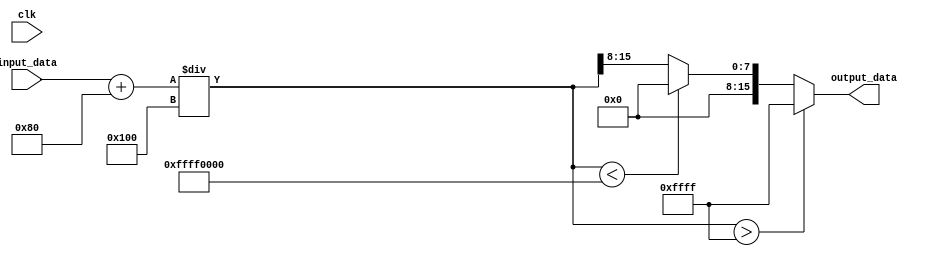
module FixedPointConverter (
   input clk,
   input signed [31:0] input_data,
   output signed [15:0] output_data
);

   // Determine number of integer and fractional bits in input and output formats
   parameter input_int_bits = 16;
   parameter input_frac_bits = 16;
   parameter output_int_bits = 8;
   parameter output_frac_bits = 8;

   // Determine scaling factor
   parameter scaling_factor = 2**(input_frac_bits - output_frac_bits);

   // Rounding logic
   reg [31:0] rounded_data;
   always @* begin
      rounded_data = (input_data + scaling_factor/2) / scaling_factor;
   end

   // Saturation logic
   always @* begin
      if (rounded_data > (2**(output_int_bits+output_frac_bits))-1) begin
         output_data = (2**(output_int_bits+output_frac_bits))-1;
      end
      else if (rounded_data < -(2**(output_int_bits+output_frac_bits))) begin
         output_data = -(2**(output_int_bits+output_frac_bits));
      end
      else begin
         output_data = rounded_data[output_int_bits+output_frac_bits-1:output_frac_bits];
      end
   end

endmodule